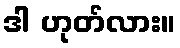
ဒါ ဟုတ်လား။